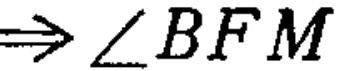
\(\Rightarrow\angle BFM\)